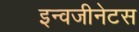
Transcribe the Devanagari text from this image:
इन्वजीनेटस